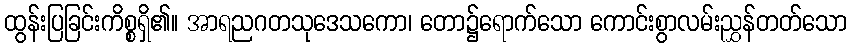
ထွန်းပြခြင်းကိစ္စရှိ၏။ အာရညဂတသုဒေသကော၊ တော၌ရောက်သော ကောင်းစွာလမ်းညွှန်တတ်သော